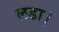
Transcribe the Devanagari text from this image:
लडा।